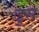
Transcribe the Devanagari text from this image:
ढुस